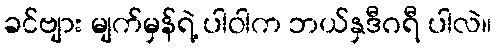
ခင်ဗျား မျက်မှန်ရဲ့ ပါဝါက ဘယ်နှဒီဂရီ ပါလဲ။